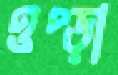
ওপ্‌ড়া